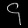
Digit: ၄